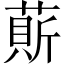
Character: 𦹱